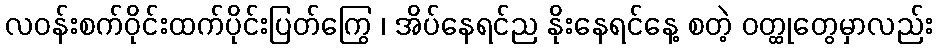
လဝန်းစက်ဝိုင်းထက်ပိုင်းပြတ်ကြွေ ၊ အိပ်နေရင်ည နိုးနေရင်နေ့ စတဲ့ ဝတ္ထုတွေမှာလည်း